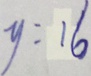
y = 1 6